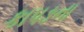
કાપઙના